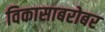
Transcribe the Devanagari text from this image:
विकासाबरोबर